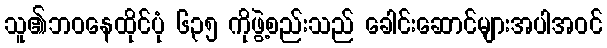
သူ၏ဘဝနေထိုင်ပုံ ၆၃၅ ကိုဖွဲ့စည်းသည် ခေါင်းဆောင်များအပါအဝင်